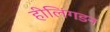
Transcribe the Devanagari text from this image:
हीलिंगडन